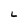
Character: L